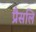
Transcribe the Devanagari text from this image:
प्रैसलि